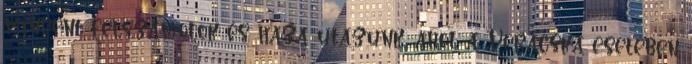
mindent felszámolok és haza utazunk, ahol a Verácska esetében